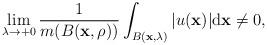
LaTeX: \begin{align*}\lim_{\lambda \to +0}\frac{1}{m(B(\mathbf x,\rho))}\int_{B(\mathbf x,\lambda )}\vert u(\mathbf x)\vert\mathrm d\mathbf x\not=0,\end{align*}